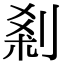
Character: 𠜽